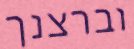
וברצנך